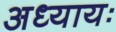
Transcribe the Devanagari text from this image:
अध्यायः